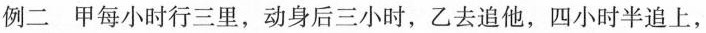
例二 甲每小时行三里，动身后三小时，乙去追他，四小时半追上，